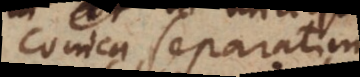
Conica separatim,